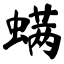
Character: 螨